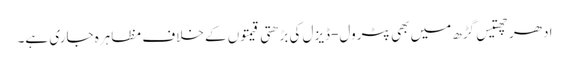
ادھر چھتیس گڑھ میں بھی پٹرول-ڈیزل کی بڑھتی قیمتوں کے خلاف مظاہرہ جاری ہے۔